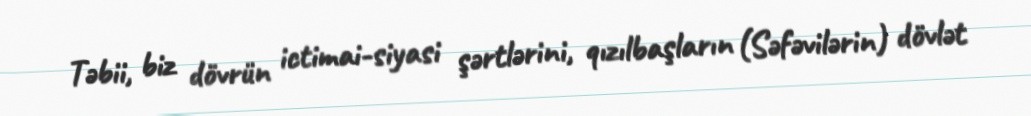
Təbii, biz dövrün ictimai-siyasi şərtlərini, qızılbaşların (Səfəvilərin) dövlət